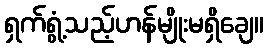
ရှက်ရွံ့သည့်ဟန်မျိုးမရှိချေ။